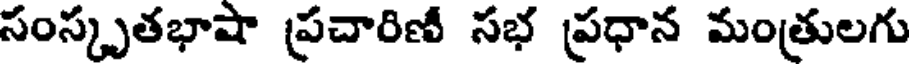
సంస్కృతభాషా ప్రచారిణీ సభ ప్రధాన మంత్రులగు